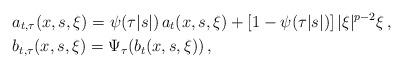
LaTeX: \begin{align*}&a_{t,\tau}(x,s,\xi) = \psi(\tau |s|)\,a_t(x,s,\xi)+ [1-\psi(\tau |s|)]\,|\xi|^{p-2}\xi\,,\\&b_{t,\tau}(x,s,\xi) = \Psi_{\tau}(b_t(x,s,\xi))\,,\end{align*}